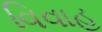
વિવાહ